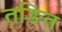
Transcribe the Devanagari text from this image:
तङित